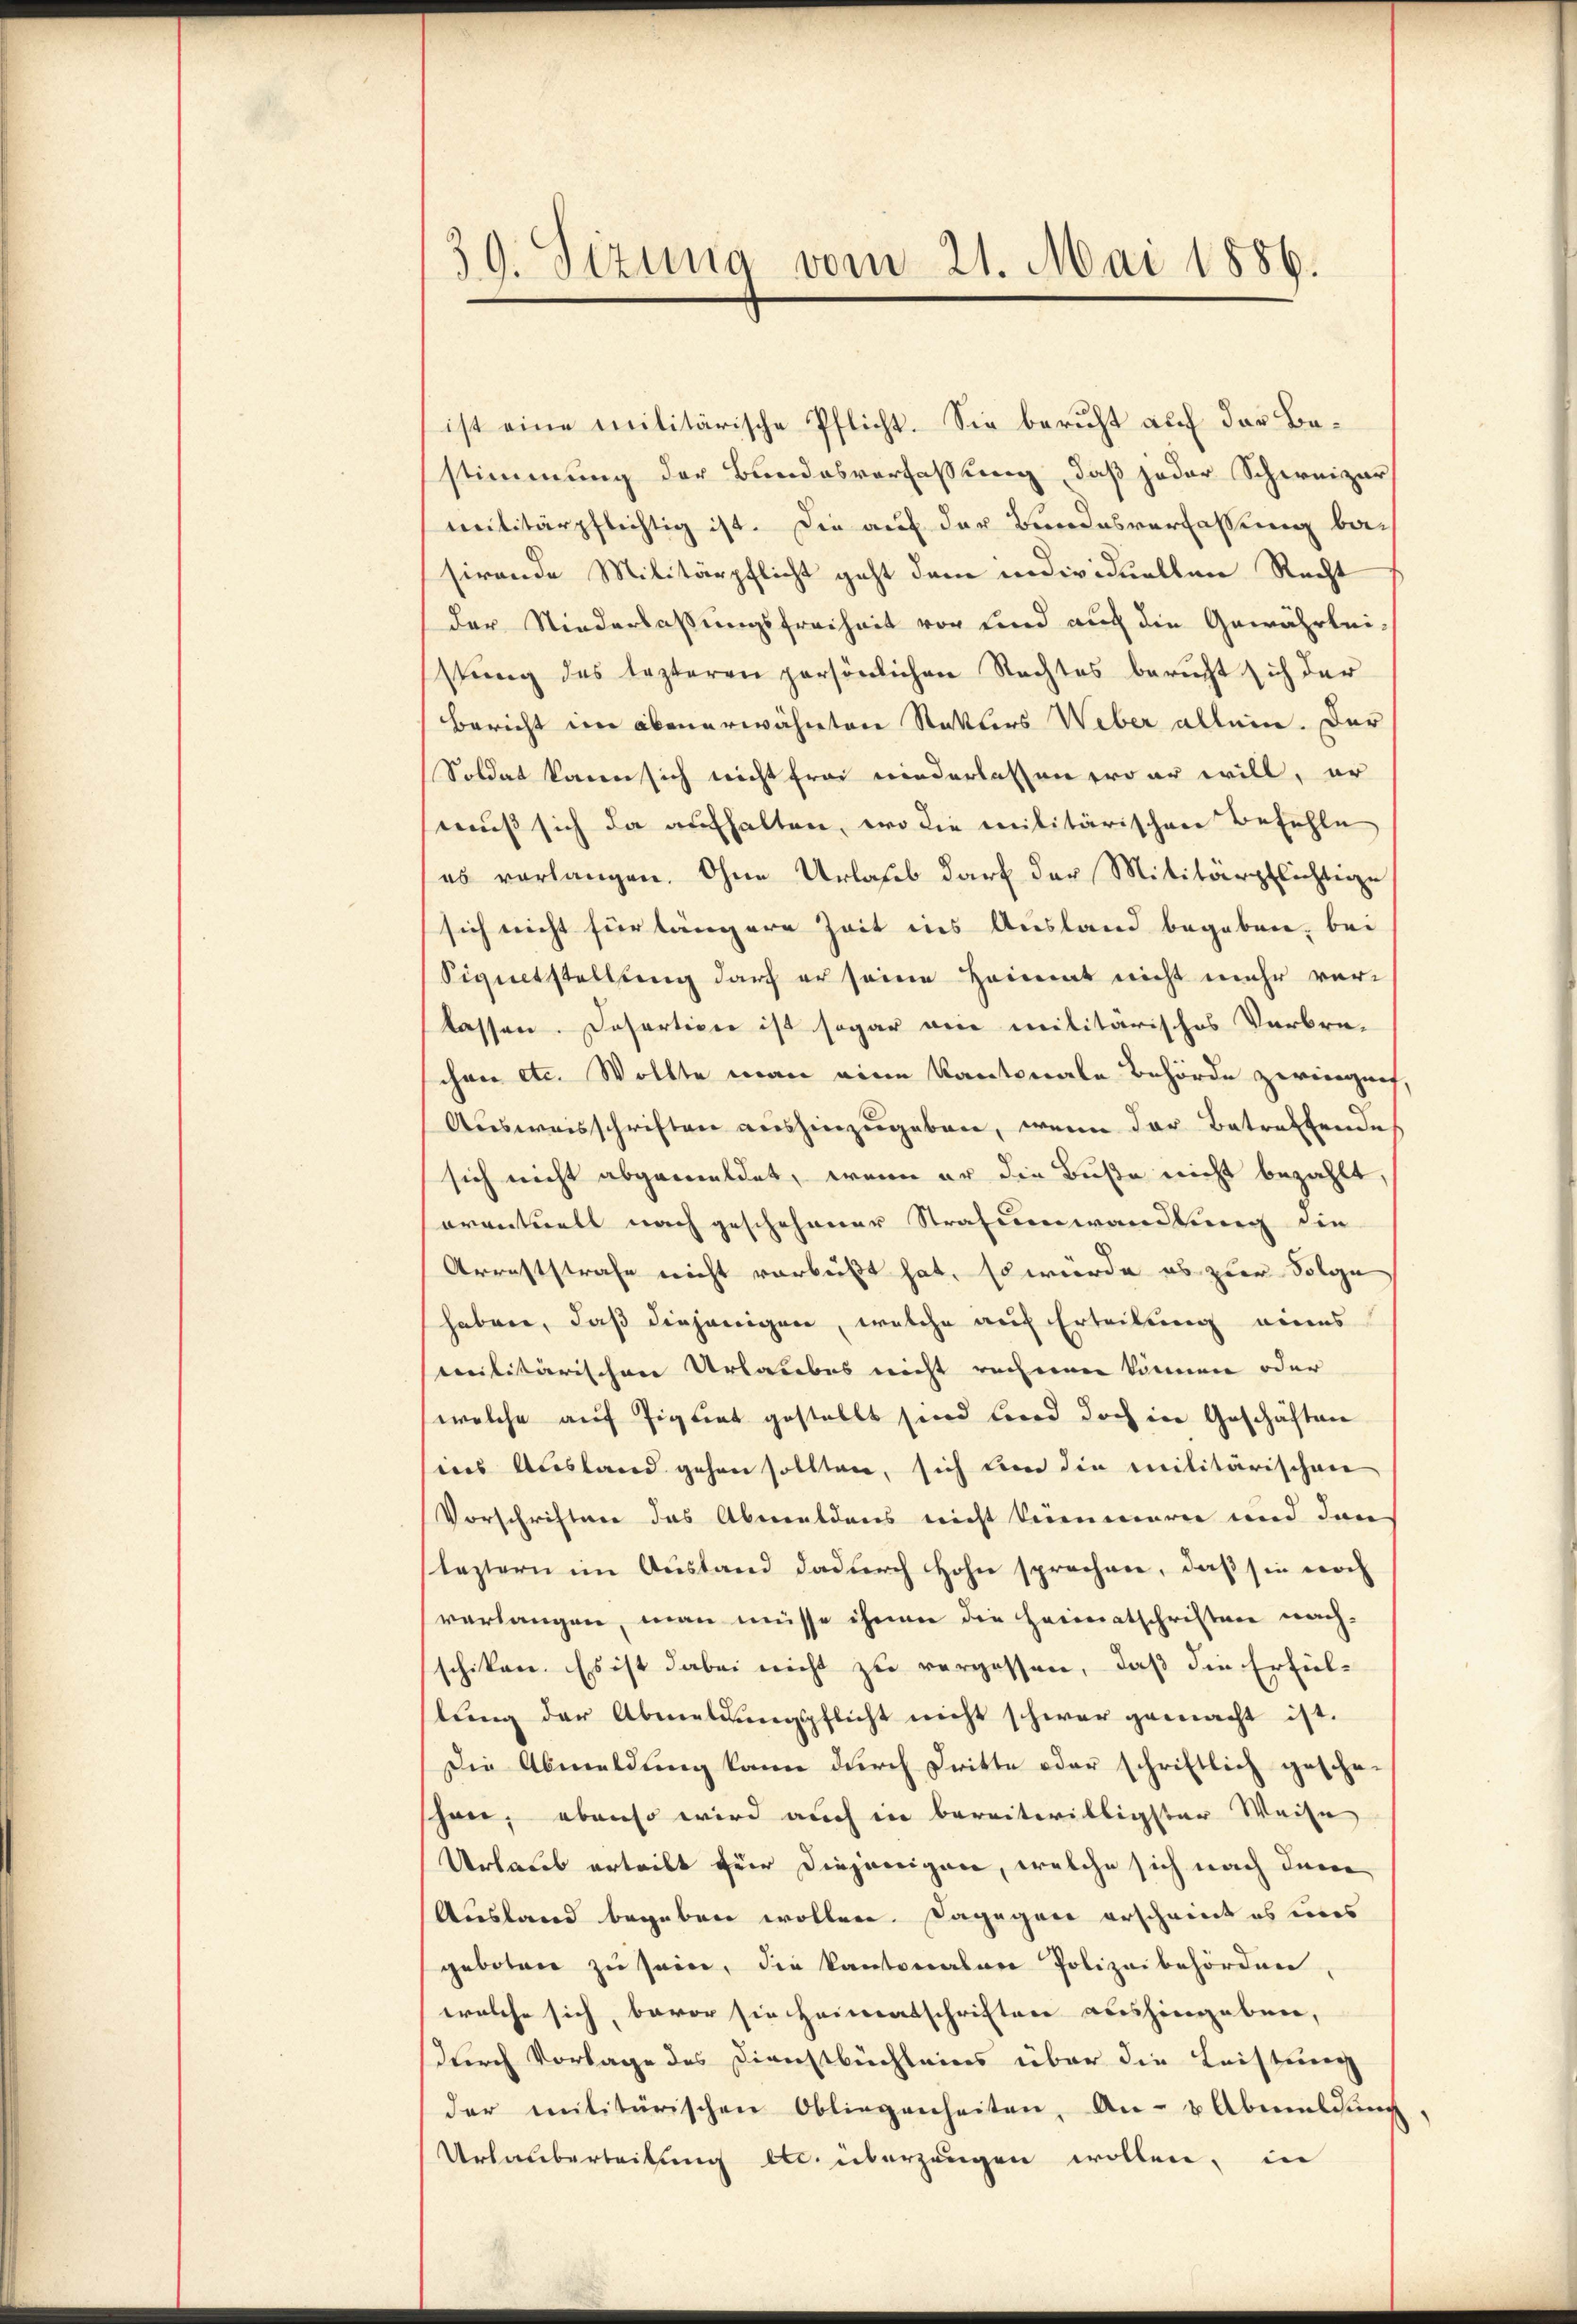
39. Sizung vom 21. Mai 1886.

ist eine militärische Pflicht. Sie beruht auf das Bestimmung der Bundesverfassung, daß jeder Schweizer
militärpflichtig ist. Die auf der Bundesverfassung besirende Militärpflicht geht dem individuellen Recht
der Niederlaßungsfreiheit vor und auch die Gewährlei-
stung des lezteren persönlichen Rechtes beruht sich der
Bericht im obenerwähnten Statters Weber allein. Der
Soldat kann sich nicht frei niederlassen war will, er
muß sich da aufhalten, wo die militärischen Befehle
es verlangen. Ohne Urlaub darf der Militärpflichtige
sich nicht für längere Zeit ins Ausland begaben, bei
Signetstellung durch er seine Heimat nicht mehr verlassen. Dasartien ist sogar wie militärisches Verbre-
chen etc. Wollte man eine Kantonale Behörde zeigeruf,
Ausweisschriften aushinzugeben, wenn der Betreffende
sich nicht abgemeldet, wenn er die Buße nicht bezahlt
eventuell nach geschehener Strafumwandlung die
Arreststrafe nicht verbüßt hat, so würde es zur Folge
haben, daß diejenigen, welche auf Erteilung eines
militärischen Urlaubes nicht rechnen können oder
welche auf Pignat gestellt sind und doch in Geschäften
ins Ausland gehen sollten, sich um die Militärischen
Vorschriften das Abwaldens nicht kümmern und dann
leztern im Austand dadurch Hohn sprechen, daß sie noch
verlangen, man müsse ihnen die Heimatschriften nach-
schiken. Es ist dabei nicht zu vergessen, daß die Erfüllung der Abmeldungspflicht nicht schwer gemacht ist.
Die Abmeldung kann durch Dritte oder schriftlich gesche
han, ebenso wird auch in bereitwilligster Weise
Urlaub ertritt für diejenigen, welche sich nach dem
Ausland begeben wollen. Dagegen erscheint es eines
geboten zu sein, die Kantonalen Polizeibehörden
welche sich, bevor sie Heimatschriften aushingeben,
durch Vorlage des Dienstbüchleins über die Leistung
der militärischen Obliegenheiten. An- & Abmeldung
Urlauberteilung etc. überzeugen wollen, in